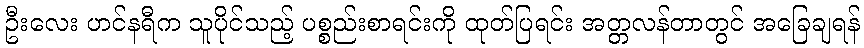
ဦးလေး ဟင်နရီက သူပိုင်သည့် ပစ္စည်းစာရင်းကို ထုတ်ပြရင်း အတ္တလန်တာတွင် အခြေချရန်